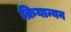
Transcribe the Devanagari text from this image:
क्रियान्यन